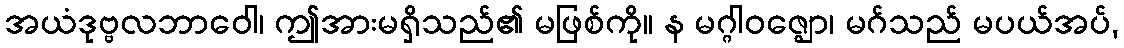
အယံဒုဗ္ဗလဘာဝေါ၊ ဤအားမရှိသည်၏ မဖြစ်ကို။ န မဂ္ဂါဝဇ္ဈော၊ မဂ်သည် မပယ်အပ်,